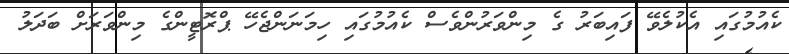
ކެއުމުގައި އެކުލެވޭ ފައިބަރު ގެ މިންވަރުންވެސް ކެއުމުގައި ހިމަނަންޖެހޭ ޕްރޮޓީންގެ މިންވަރަށް ބަދަލު